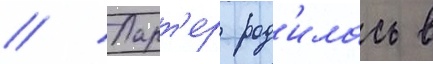
// Ларт'ер род'илась в